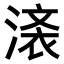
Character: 𣺒